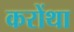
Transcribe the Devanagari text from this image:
करोंथा